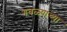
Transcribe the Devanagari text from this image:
गवळ्यांच्या